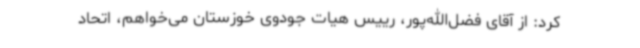
کرد: از آقای فضل‌الله‌پور، رییس هیات جودوی خوزستان می‌خواهم، اتحاد